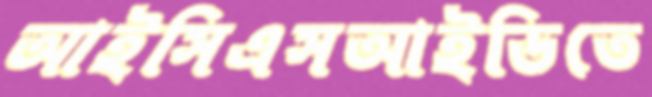
আইসিএসআইডিতে